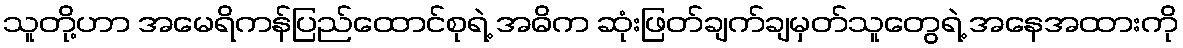
သူတို့ဟာ အမေရိကန်ပြည်ထောင်စုရဲ့ အဓိက ဆုံးဖြတ်ချက်ချမှတ်သူတွေရဲ့ အနေအထားကို